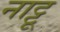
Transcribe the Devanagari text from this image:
नाट्टू